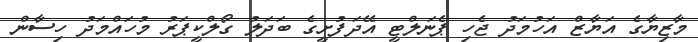
މާޒިޔާގެ އަޔާޒް އަހުމަދު ޖެހި ޕެނަލްޓީ އޭދަފުށީގެ ބަދަލު ގޯލްކީޕަރު މުހައްމަދު ހިސާން